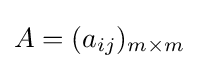
A=(a_{ij})_{m\times m}